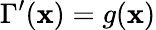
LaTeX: \Gamma^{\prime}(\mathbf{x})=g(\mathbf{x})